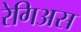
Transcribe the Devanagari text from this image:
रेगिअस